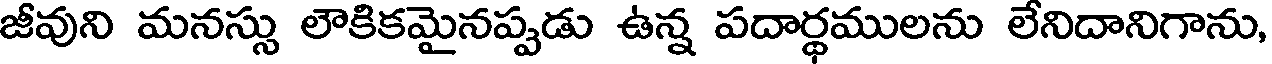
జీవుని మనస్సు లౌకికమైనప్పడు ఉన్న పదార్థములను లేనిదానిగాను,